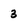
Character: 3